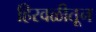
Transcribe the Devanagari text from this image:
हिरवळीतून